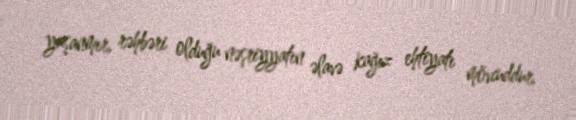
yaşanmır, rəhbəri olduğu nəşriyyatın əlavə kağız ehtiyatı mövcuddur.